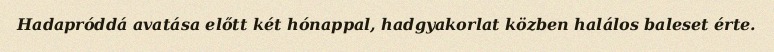
Hadapróddá avatása előtt két hónappal, hadgyakorlat közben halálos baleset érte.